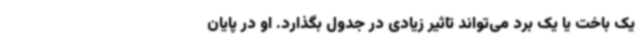
یک باخت یا یک برد می‌تواند تاثیر زیادی در جدول بگذارد. او در پایان